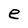
Character: e